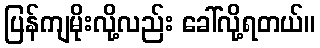
ပြန်ကျမိုးလို့လည်း ခေါ်လို့ရတယ်။